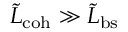
\tilde { L } _ { \mathrm { c o h } } \gg \tilde { L } _ { \mathrm { b s } }